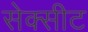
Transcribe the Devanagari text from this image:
सेक्सीट